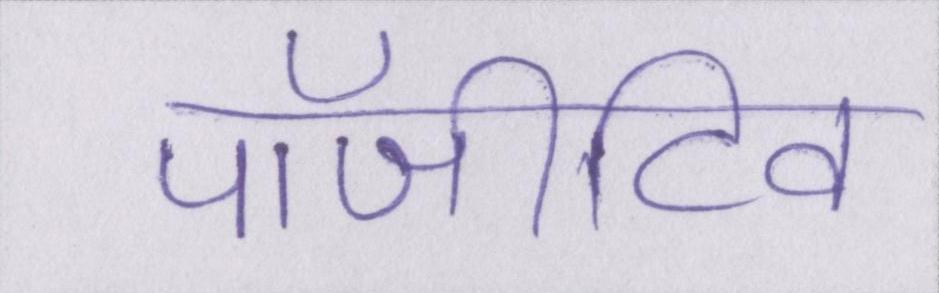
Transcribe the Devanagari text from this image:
पॉजीटिव